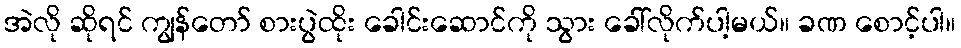
အဲလို ဆိုရင် ကျွန်တော် စားပွဲထိုး ခေါင်းဆောင်ကို သွား ခေါ်လိုက်ပါ့မယ်။ ခဏ စောင့်ပါ။